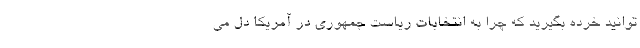
توانید خرده بگیرید که چرا به انتخابات ریاست جمهوری در آمریکا دل می